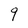
Character: 9